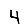
Digit: 4